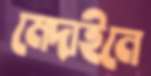
মেদাইনে